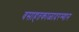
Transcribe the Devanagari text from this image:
वसाहतकाळादरम्यान